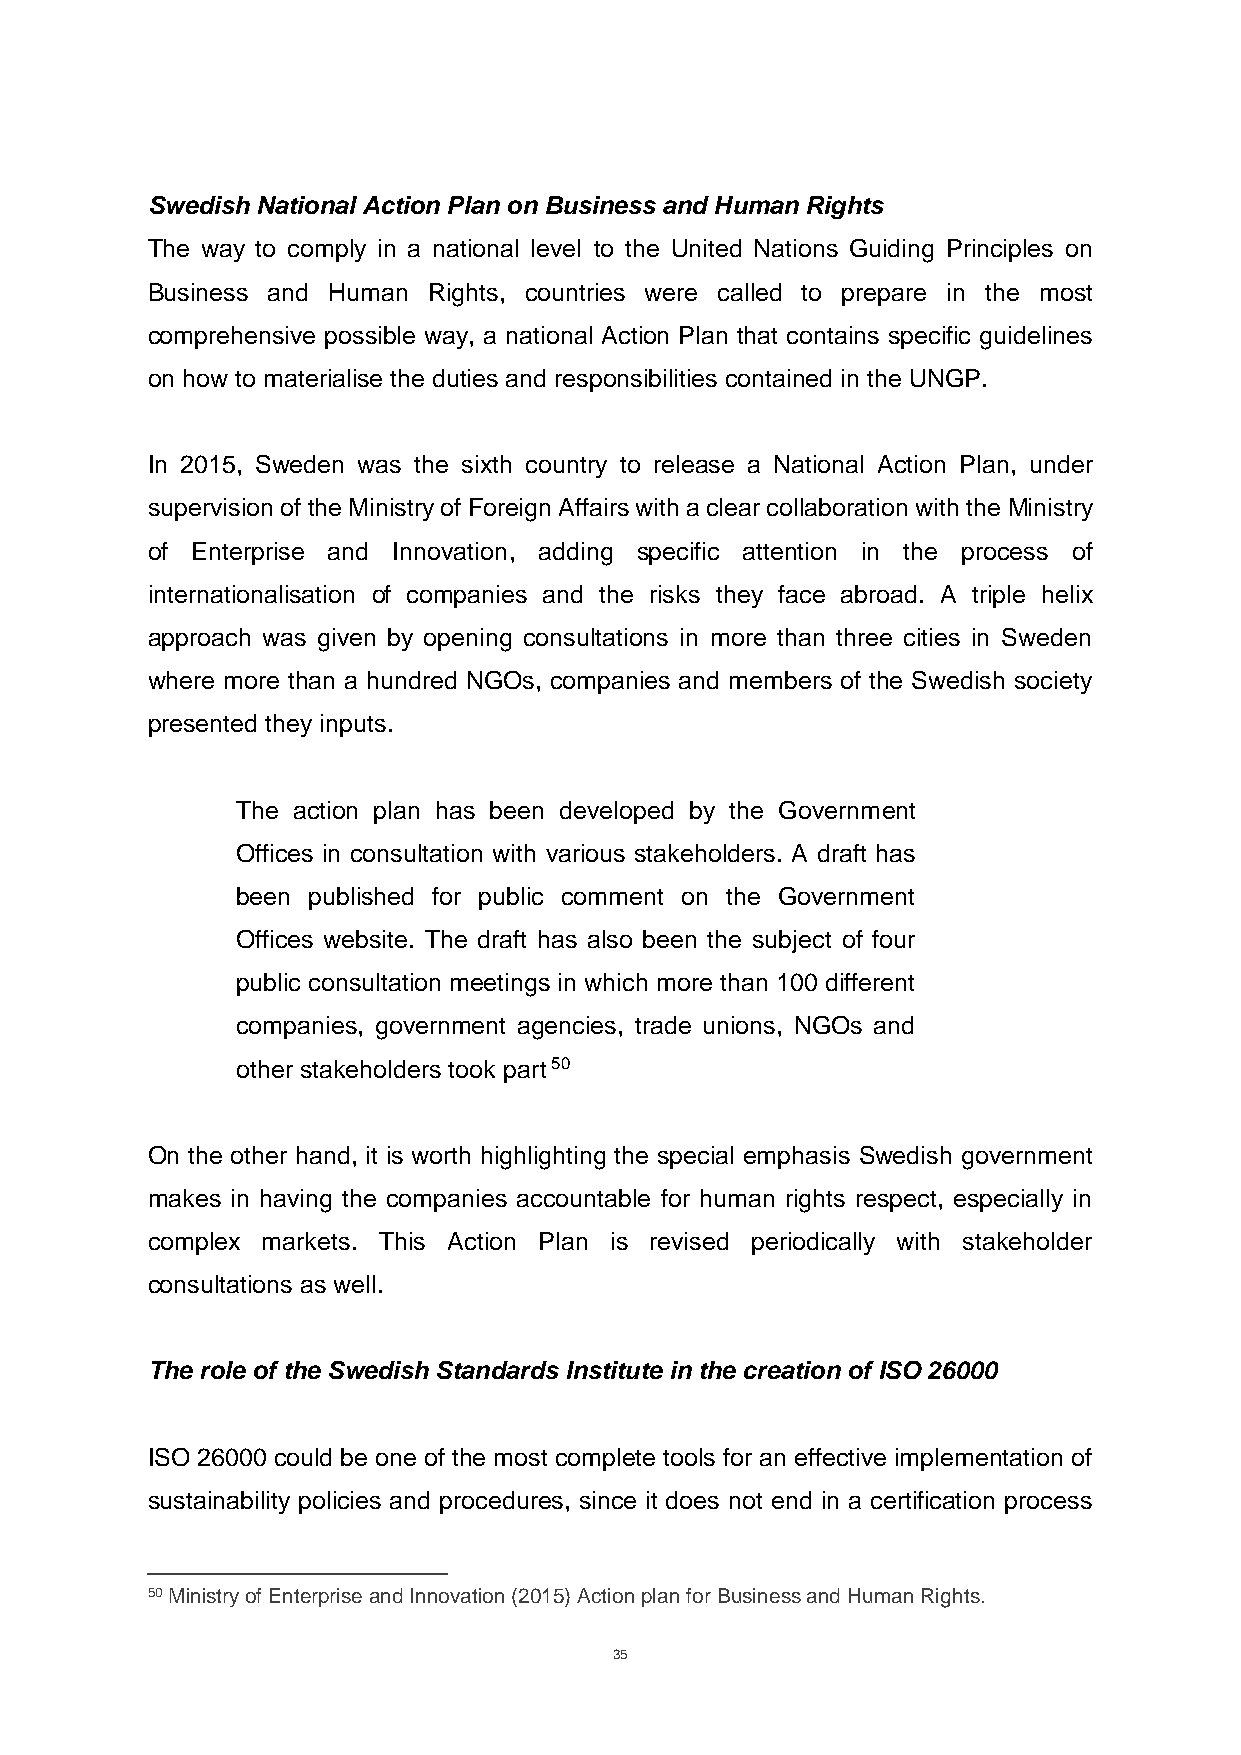
Swedish National Action Plan on Business and Human Rights
 The way to comply in a national level to the United Nations Guiding Principles on
 Business and Human Rights, countries were called to prepare in the most
 comprehensive possible way, a national Action Plan that contains specific guidelines
 on how to materialise the duties and responsibilities contained in the UNGP.
 In 2015, Sweden was the sixth country to release a National Action Plan, under
 supervision of the Ministry of Foreign Affairs with a clear collaboration with the Ministry
 of Enterprise and Innovation, adding specific attention in the process of
 internationalisation of companies and the risks they face abroad. A triple helix
 approach was given by opening consultations in more than three cities in Sweden
 where more than a hundred NGOs, companies and members of the Swedish society
 presented they inputs.
 The action plan has been developed by the Government
 Offices in consultation with various stakeholders. A draft has
 been published for public comment on the Government
 Offices website. The draft has also been the subject of four
 public consultation meetings in which more than 100 different
 companies, government agencies, trade unions, NGOs and
 other stakeholders took part 50
 On the other hand, it is worth highlighting the special emphasis Swedish government
 makes in having the companies accountable for human rights respect, especially in
 complex markets. This Action Plan is revised periodically with stakeholder
 consultations as well.
 The role of the Swedish Standards Institute in the creation of ISO 26000
 ISO 26000 could be one of the most complete tools for an effective implementation of
 sustainability policies and procedures, since it does not end in a certification process
 50 Ministry of Enterprise and Innovation (2015) Action plan for Business and Human Rights.
 35